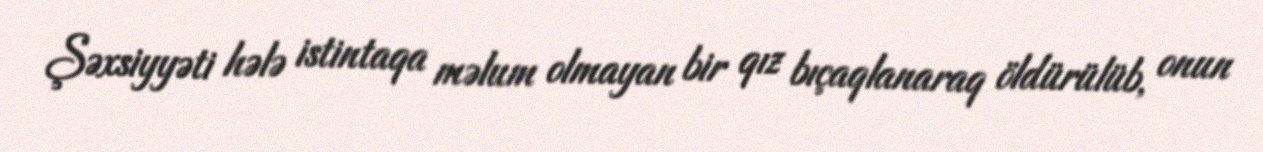
Şəxsiyyəti hələ istintaqa məlum olmayan bir qız bıçaqlanaraq öldürülüb, onun